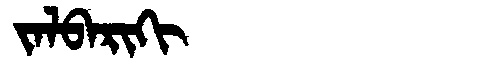
Manchu: ᠵᠠᠯᠪᠠᡵᡳᡴᡳ
Romanization: JALBARIKI